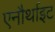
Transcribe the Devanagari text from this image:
एनौर्थाइट